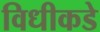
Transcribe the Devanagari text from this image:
विधीकडे